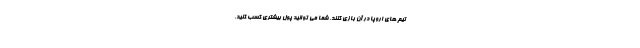
تیم های اروپا در آن بازی کنند. شما می توانید پول بیشتری کسب کنید.